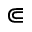
\Subset